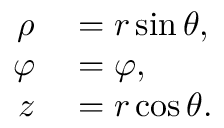
\begin{array} { r l } { \rho } & { { } = r \sin \theta , } \\ { \varphi } & { { } = \varphi , } \\ { z } & { { } = r \cos \theta . } \end{array}